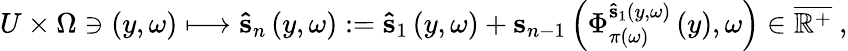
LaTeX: U\times\Omega\ni\left(y,\omega\right)\longmapsto\mathbf{\hat{s}}_{n}\left(y,\omega\right):=\mathbf{\hat{s}}_{1}\left(y,\omega\right)+\mathbf{s}_{n-1}\left(\Phi_{\pi\left(\omega\right)}^{\mathbf{\hat{s}}_{1}\left(y,\omega\right)}\left(y\right),\omega\right)\in\overline{{\mathbb{R}^{+}}}\ ,